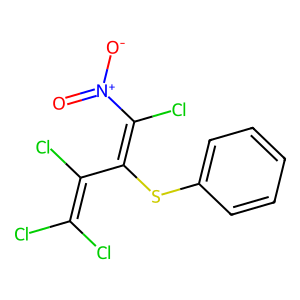
SMILES: O=[N+]([O-])C(Cl)=C(Sc1ccccc1)C(Cl)=C(Cl)Cl
Inhibits HIV replication: No